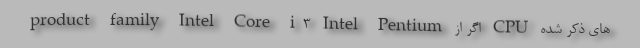
product family Intel Core i3 Intel Pentium اگر از CPU های ذکر شده